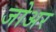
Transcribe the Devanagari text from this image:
जोअर